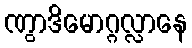
ဏွာဒိမောဂ္ဂလ္လာနေ